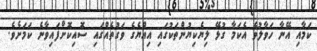
ކަމާއި އޭނާ ހަވާލުވެ އެކަމާ ގުޅޭ ލިޔެކިޔުންތަކުގައި އިއްޔެގެ ވަގުތެއްގައި ސޮއިކޮށްފައިވާނެ ކަމަށެވެ.